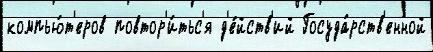
компью́т'еров повтор'и́тьс'я д'е́йств'ий Госуда́рств'енной